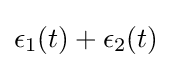
\epsilon _{1}(t)+\epsilon _{2}(t)